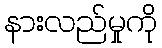
နားလည်မှုကို